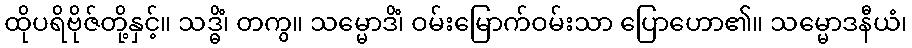
ထိုပရိဗိုဇ်တို့နှင့်။ သဒ္ဓိံ၊ တကွ။ သမ္မောဒိံ၊ ဝမ်းမြောက်ဝမ်းသာ ပြောဟော၏။ သမ္မောဒနီယံ၊